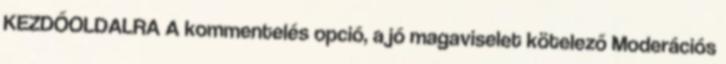
KEZDŐOLDALRA A kommentelés opció, a jó magaviselet kötelező Moderációs